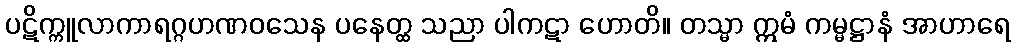
ပဋိက္ကူလာကာရဂ္ဂဟဏဝသေန ပနေတ္ထ သညာ ပါကဋာ ဟောတိ။ တသ္မာ ဣမံ ကမ္မဋ္ဌာနံ အာဟာရေ